Report of the Indian Hemp Drugs Commission, 1894-1895 - Volume VII
Year: 1894
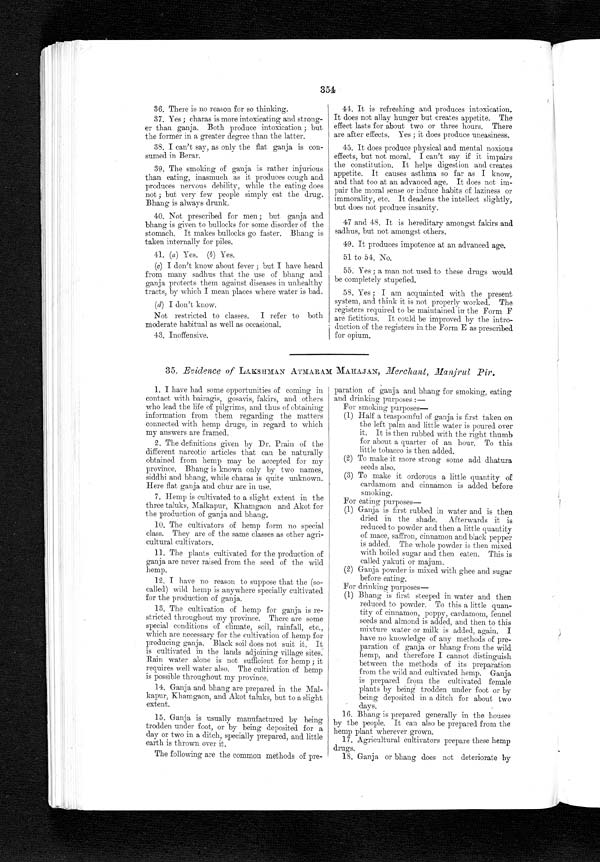
354
36. There is no reason for so thinking.
37. Yes ; charas is more intoxicating and strong-
er than ganja. Both produce intoxication ; but
the former in a greater degree than the latter.
38. I can't say, as only the flat ganja is con-
sumed in Berar.
39. The smoking of ganja is rather injurious
than eating, inasmuch as it produces cough and
produces nervous debility, while the eating
not ; but very few people simply eat the drug.
Bhang is always drunk.
40. Not prescribed for men ; but ganja and
bhang is given to bullocks for some disorder of the
stomach. It makes bullocks go faster. Bhang is
taken internally for piles.
41. (a) Yes. (b) Yes.
(c) I d o n ' t k n o w a b o u t f e v e r ; b u t I h a v e h e a r d
from many sadhus that the use of bhang and
ganja protects them against diseases in unhealthy
tracts, by which I mean places where water is bad.
(d) don't know.
Not restricted to classes. I refer to both
moderate habitual as well as occasional.
43. Inoffensive.
44. It is refreshing and produces intoxication.
It does not allay hunger but creates appetite. The
effect lasts for about two or three hours. There
are after effects. Yes ; it does produce uneasiness.
45. It does produce physical and mental noxious
effects, but not moral. I can't say if it impairs
the constitution. It helps digestion and creates
appetite. It causes asthma so far as I know,
and that too at an advanced age. It does not im-
pair the moral sense or induce habits of laziness or
immorality, etc. It deadens the intellect slightly,
but does not produce insanity.
47 and 48. It is hereditary amongst faldrs and
sadhus, but not amongst others.
49. It produces impotence at an advanced age.
51 to 54. No.
55. Yes ; a man not used to these drugs would
be completely stupefied.
58. Yes ; I am acquainted with the present
system, and think it is not properly worked. The
registers required to be maintained in the Form F
are fictitious. It could be improved by the intro-
ducti on of the regi sters i n the Form E as prescri bed
for opium.
35. Evidence of LAKSHMAN ATMARAM MAHAJAN, Merchant, Manjrul Pir.
1. I have had some opportunities of coming in
contact with bairagis, gosavis, fakirs, and others
who lead the life of pilgrims, and thus of obtaining
information from them regarding the matters
connected with hemp drugs, in regard to which
my answers are framed.
2. The definitions given by Dr. Prain of the
different narcotic articles that can be naturally
obtained from hemp may be accepted for my
province. Bhang is known only by two names,
siddhi and bhang, while charas is quite unknown.
Here flat ganja and chur are in use.
7. Hemp is cultivated to a slight extent in the
three taluks, Malkapur, Khamgaon and Akot for
the production of ganja and bhang.
10. The cultivators of hemp form no special
class. They are of the same classes as other agri-
cultural cultivators.
11. The plants cultivated for the production of
ganja are never raised from the seed of the wild
hemp.
12. I have no reason to suppose that the (so-
called) wild hemp is anywhere specially cultivated
for the production of ganja.
13. The cultivation of hemp for ganja is re-
stricted throughout my province. There are some
special conditions of climate, soil, rainfall, etc.,
which are necessary for the cultivation of hemp for
producing ganja. Black soil does not suit it. It
is cultivated in the lands adjoining village sites.
Rain water alone is not sufficient for hemp ; it
requires well water also. The cultivation of hemp
is possible throughout my province.
14. Gallia, and bhang are prepared in the Mal-
kapur, Khamgaon, and Akot taluks, but to a slight
extent.
15. Ganja is usually manufactured. by being
trodden under foot, or by being deposited for a
day or two in a ditch, specially prepared, and little
earth is thrown over it.
The following are the common methods of pre-
paration of ganja and bhang for smoking, eating
and drinking purposes :
—
For smoking purposes—
(1) Half a teaspoonful of ganja is first taken on
the left palm and little water is poured over
it. It is then rubbed with the right thumb
for about a quarter of an hour. To this
little tobacco is then added.
(2) To make it more strong some add dhatura
seeds also.
(3) To make it ordorous a little quantity of
cardamom and cinnamon is added before
smoking.
For eating purposes—
(1) Ganja is first rubbed in water and is then
dried in the shade. Afterwards it is
reduced to powder and then a little quantity
of mace, saffron, cinnamon and black pepper
is added. The whole powder is then mixed
with boiled sugar and then eaten. This is
called yakuti or majum.
(2) Ganja powder is mixed with ghee and sugar
before eating.
For drinking purposes—
(1) Bhang is first steeped in water and then
reduced to powder. To this a little quan-
tity of cinnamon, poppy, cardamom, fennel
seeds and almond is added, and then to this
mixture water or milk is added, again. I
have no knowledge of any methods of pre-
paration of ganja or bhang from the wild
hemp, and therefore I cannot distinguish
between the methods of its preparation
from the wild and cultivated hemp. Ganja
is prepared from the cultivated female
plants by being trodden under foot or by
being deposited. in a ditch for about two
days.
16. Bhang is prepared generally in the houses
by the people. It can also be prepared from the
hemp plant wherever grown.
17. Agricultural cultivators prepare these hemp
drugs.
18. Ganja or bhang does not deteriorate by